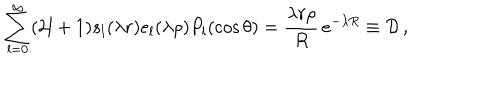
LaTeX: \sum _ { l = 0 } ^ { \infty } ( 2 l + 1 ) s _ { l } ( \lambda r ) e _ { l } ( \lambda \rho ) P _ { l } ( \cos \theta ) = \frac { \lambda r \rho } { R } \, e ^ { - \lambda R } \equiv { \cal D } \, ,